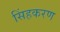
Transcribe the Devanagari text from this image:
सिंहकरण